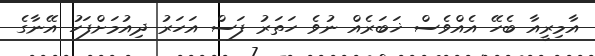
އާމިރީއާ ބެހޭ އެއްވެސް ޚަބަރެއް ނުވެ ހަތަރު ފަސް އަހަރު ދިއުމަށްފަހު އޭނާގެ